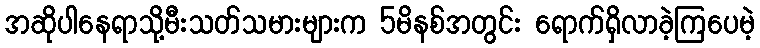
အဆိုပါနေရာသို့မီးသတ်သမားများက 5မိနစ်အတွင်း ရောက်ရှိလာခဲ့ကြပေမဲ့